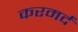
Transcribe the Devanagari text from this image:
करमर्द